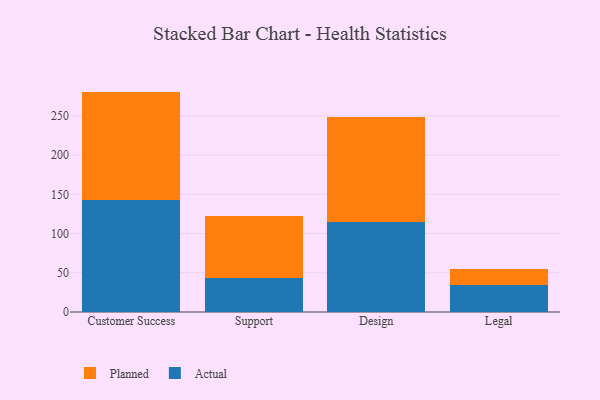
{"axis": {"x": "Department", "y": "Customer Acquisition Cost (USD)"}, "legend": ["Actual", "Planned"], "data": [{"x": "Customer Success", "y": 142.9, "type": "Actual"}, {"x": "Customer Success", "y": 138.0, "type": "Planned"}, {"x": "Support", "y": 43.8, "type": "Actual"}, {"x": "Support", "y": 78.5, "type": "Planned"}, {"x": "Design", "y": 114.8, "type": "Actual"}, {"x": "Design", "y": 133.2, "type": "Planned"}, {"x": "Legal", "y": 34.5, "type": "Actual"}, {"x": "Legal", "y": 20.1, "type": "Planned"}]}